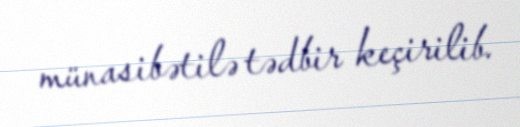
münasibətilə tədbir keçirilib.